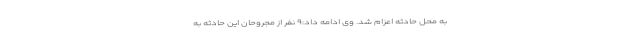
به محل حادثه اعزام شد. وی ادامه داد:۹ نفر از مجروحان این حادثه به